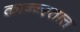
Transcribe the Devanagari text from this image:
कान्न्स्तात्त